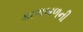
કાળબળની